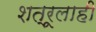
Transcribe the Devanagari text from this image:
शत्रूलाही